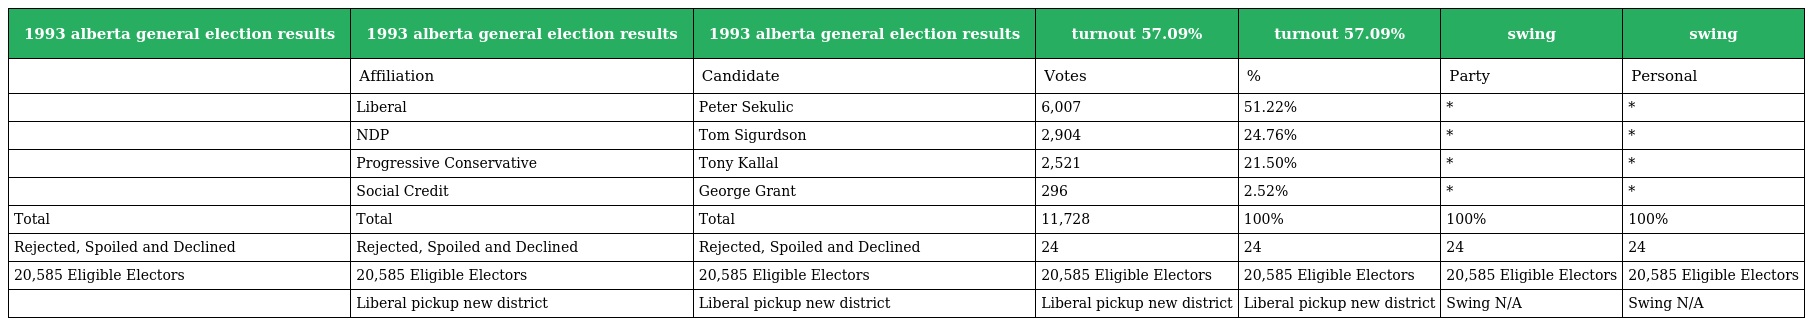
| 1993 alberta general election results | 1993 alberta general election results | 1993 alberta general election results | turnout 57.09% | turnout 57.09% | swing | swing |
 | --- | --- | --- | --- | --- | --- | --- |
 |  | Affiliation | Candidate | Votes | % | Party | Personal |
 |  | Liberal | Peter Sekulic | 6,007 | 51.22% | * | * |
 |  | NDP | Tom Sigurdson | 2,904 | 24.76% | * | * |
 |  | Progressive Conservative | Tony Kallal | 2,521 | 21.50% | * | * |
 |  | Social Credit | George Grant | 296 | 2.52% | * | * |
 | Total | Total | Total | 11,728 | 100% | 100% | 100% |
 | Rejected, Spoiled and Declined | Rejected, Spoiled and Declined | Rejected, Spoiled and Declined | 24 | 24 | 24 | 24 |
 | 20,585 Eligible Electors | 20,585 Eligible Electors | 20,585 Eligible Electors | 20,585 Eligible Electors | 20,585 Eligible Electors | 20,585 Eligible Electors | 20,585 Eligible Electors |
 |  | Liberal pickup new district | Liberal pickup new district | Liberal pickup new district | Liberal pickup new district | Swing N/A | Swing N/A |